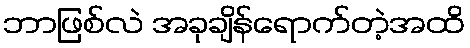
ဘာဖြစ်လဲ အခုချိန်ရောက်တဲ့အထိ